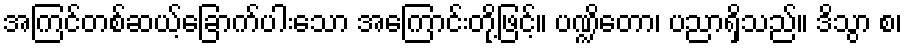
အကြင်တစ်ဆယ့်ခြောက်ပါးသော အကြောင်းတို့ဖြင့်။ ပဏ္ဍိတော၊ ပညာရှိသည်။ ဒိသွာ စ၊